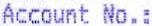
ACCOUNT NO.: